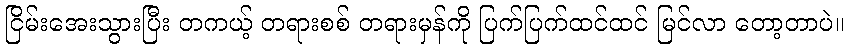
ငြိမ်းအေးသွားပြီး တကယ့် တရားစစ် တရားမှန်ကို ပြက်ပြက်ထင်ထင် မြင်လာ တော့တာပဲ။